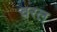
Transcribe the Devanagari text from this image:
वरल